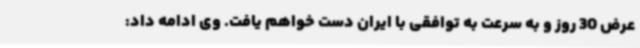
عرض 30 روز و به سرعت به توافقی با ایران دست خواهم یافت. وی ادامه داد: